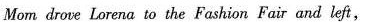
Mom droue Lorena to the Fashion Fair and letf,